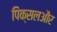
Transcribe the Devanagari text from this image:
पिक्सलऔर